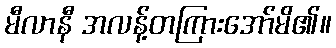
မီလာနီ အလန့်တကြားအော်မိ၏။